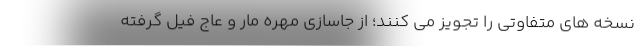
نسخه های متفاوتی را تجویز می کنند؛ از جاسازی مهره مار و عاج فیل گرفته